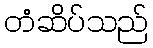
တံဆိပ်သည်